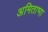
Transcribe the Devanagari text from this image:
अमिताभा